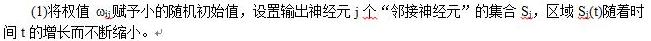
(1)将权值 $\omega_{ij}$ 赋予小的随机初始值, 设置输出神经元 $j$ 个 “邻接神经元” 的集合 $S_j$, 区域 $S_j$ 随着时